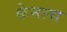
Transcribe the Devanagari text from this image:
केनल्स